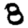
Digit: 8